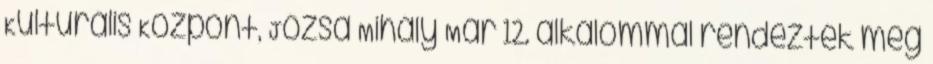
Kulturális Központ, Józsa Mihály Már 12. alkalommal rendezték meg